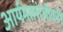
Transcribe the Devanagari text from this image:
आर्यमतसंजीवनी